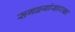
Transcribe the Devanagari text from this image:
सगळ्यांसारखा